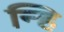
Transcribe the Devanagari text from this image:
न्हि